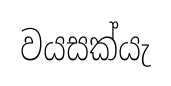
වයසක්යැ